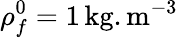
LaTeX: \rho_{f}^{0}=1\, \mathrm{kg}.\mathrm{m}^{-3}